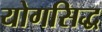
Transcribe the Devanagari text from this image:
योगसिद्ध